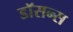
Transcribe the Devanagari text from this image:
डॉसन्स